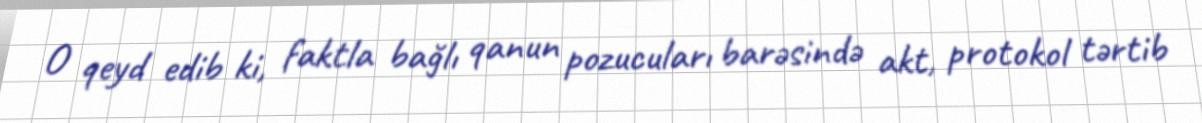
O qeyd edib ki, faktla bağlı qanun pozucuları barəsində akt, protokol tərtib